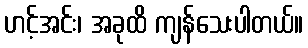
ဟင့်အင်း၊ အခုထိ ကျန်သေးပါတယ်။